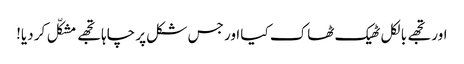
اور تجھے بالکل ٹھیک ٹھاک کیا اور جس شکل پر چاہا تجھے مشکّل کر دیا!